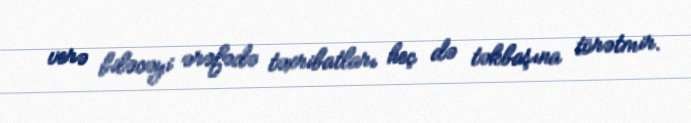
verə biləcəyi ərəfədə təxribatları heç də təkbaşına törətmir.